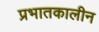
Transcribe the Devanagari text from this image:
प्रभातकालीन